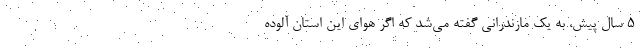
۵ سال پیش، به یک مازندرانی گفته می‌شد که اگر هوای این استان آلوده